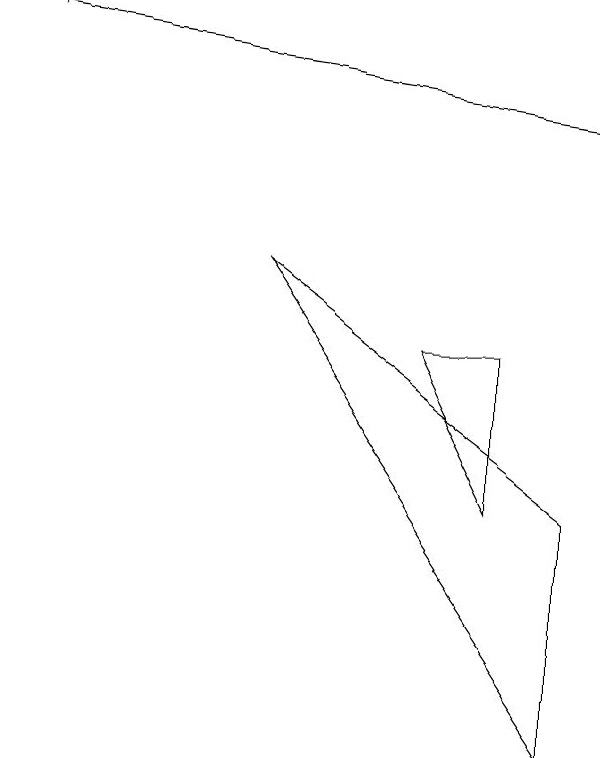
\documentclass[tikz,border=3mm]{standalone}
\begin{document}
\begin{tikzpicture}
\draw (7,8) -- (7,6) -- (6,8) -- cycle;
\draw (8,6) -- (4,9) -- (8,3) -- cycle;
\draw[->] (8,11) -- (1,12);
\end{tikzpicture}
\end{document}